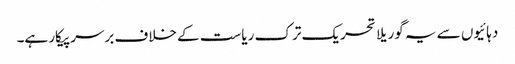
دہائیوں سے یہ گوریلا تحریک ترک ریاست کے خلاف برسرپیکار ہے۔